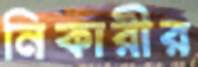
নিকারীর